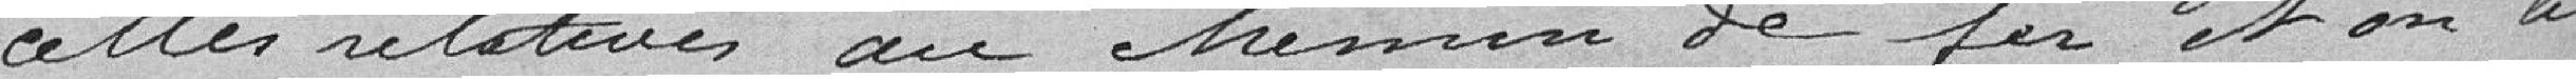
celles relatives au chemin de fer et on lui